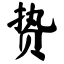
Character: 贽